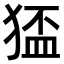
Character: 𤠅